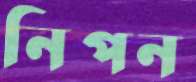
নিপন